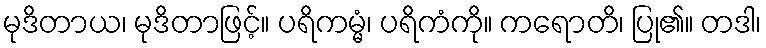
မုဒိတာယ၊ မုဒိတာဖြင့်။ ပရိကမ္မံ၊ ပရိကံကို။ ကရောတိ၊ ပြု၏။ တဒါ၊